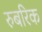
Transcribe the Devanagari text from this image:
रुबरिक